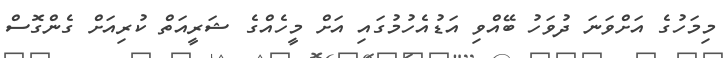
މިމަހުގެ އަށްވަނަ ދުވަހު ބޭއްވި އަޑުއެހުމުގައި އަށް މީހެއްގެ ޝަރީއަތް ކުރިއަށް ގެންގޮސް